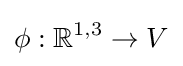
\phi :\mathbb {R} ^{1,3}\rightarrow V